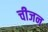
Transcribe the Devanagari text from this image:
चीजन